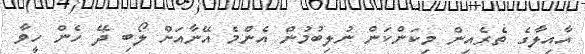
އާއިލާގެ ތެރެއިން މިކަންކަން ނުލިބުމުން އެންމެ އޭނާއަށް ލޯބި ދޭ ހެން ހީވާ